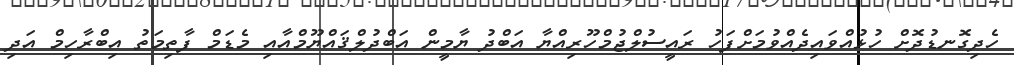
ހެދިގޮނޑުދޮށް ހުޅުއްވައިދެއްވުމަށްފަހު ރައީސުލްޖުމްހޫރިއްޔާ އަބްދު ޔާމީން އަބްދުލްޤައްޔޫމްއާއި މެޑަމް ފާތިމަތު އިބްރާހިމް އަދި